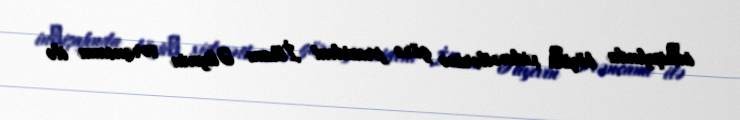
inкişafında böyüк xidmətlərinə görə prezident İlham Əliyevin sərəncamı ilə